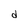
Character: d